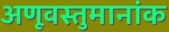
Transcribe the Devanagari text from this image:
अणूवस्तुमानांक